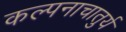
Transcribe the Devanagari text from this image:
कल्पनाचातुर्य